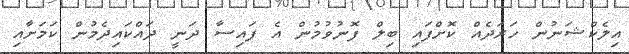
އިލެކްޝަނުން ހަރަދެއް ކޮށްފައި ބިލް ފޮނުވުމުން އެ ފައިސާ ދަނީ ދައްކައިދެމުން ކަމަށާއި